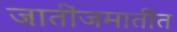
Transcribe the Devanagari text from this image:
जातींजमातींत